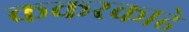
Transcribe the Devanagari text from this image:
ककरकाढे